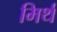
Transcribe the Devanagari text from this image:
मिर्थ